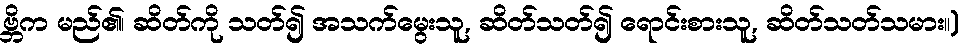
ဗ္ဘိက မည်၏၊ ဆိတ်ကို သတ်၍ အသက်မွေးသူ, ဆိတ်သတ်၍ ရောင်းစားသူ, ဆိတ်သတ်သမား။)